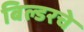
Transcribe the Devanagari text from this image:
बिल्डरचे